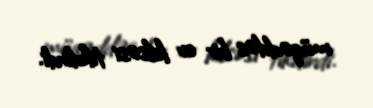
müqəddəs bir ev kilsəsi tikdirdi.